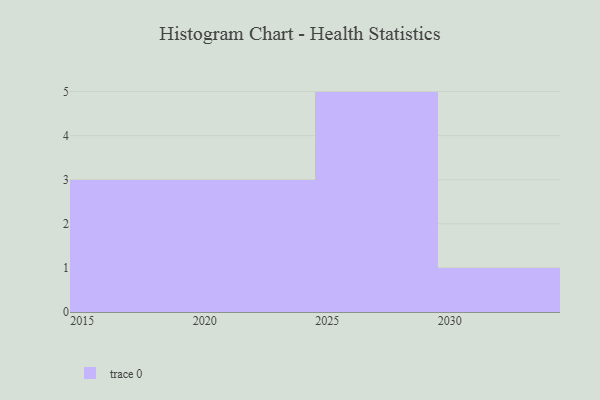
{"axis": {"x": "Year", "y": "Net Income (USD K)"}, "legend": [""], "data": [{"x": "2019", "y": 27, "type": ""}, {"x": "2015", "y": 25, "type": ""}, {"x": "2030", "y": 5, "type": ""}, {"x": "2028", "y": 49, "type": ""}, {"x": "2024", "y": 93, "type": ""}, {"x": "2020", "y": 3, "type": ""}, {"x": "2029", "y": 10, "type": ""}, {"x": "2016", "y": 67, "type": ""}, {"x": "2027", "y": 69, "type": ""}, {"x": "2021", "y": 8, "type": ""}, {"x": "2026", "y": 74, "type": ""}, {"x": "2025", "y": 46, "type": ""}]}